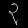
Digit: ၃